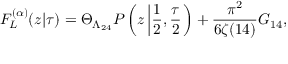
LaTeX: F _ { L } ^ { ( \alpha ) } ( z | \tau ) = \Theta _ { \Lambda _ { 2 4 } } { \cal P } \left( z \left| \frac { 1 } { 2 } , \frac { \tau } { 2 } \right. \right) + \frac { \pi ^ { 2 } } { 6 \zeta ( 1 4 ) } G _ { 1 4 } ,